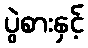
ပွဲစားနှင့်